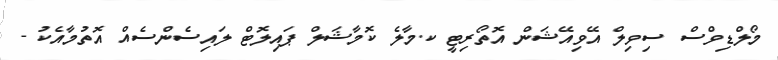
މޯލްޑިވްސް ސިވިލް އޭވިއޭޝަން އޮތޯރިޓީ ކ.މާލެ ކޮމާޝަލް ޕައިލޮޓް ލައިސެންސެއް އޮތުމާއެކު -